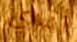
أتري